Vaccination in Bombay 1856-1862 - 1856-1862
Year: 1856
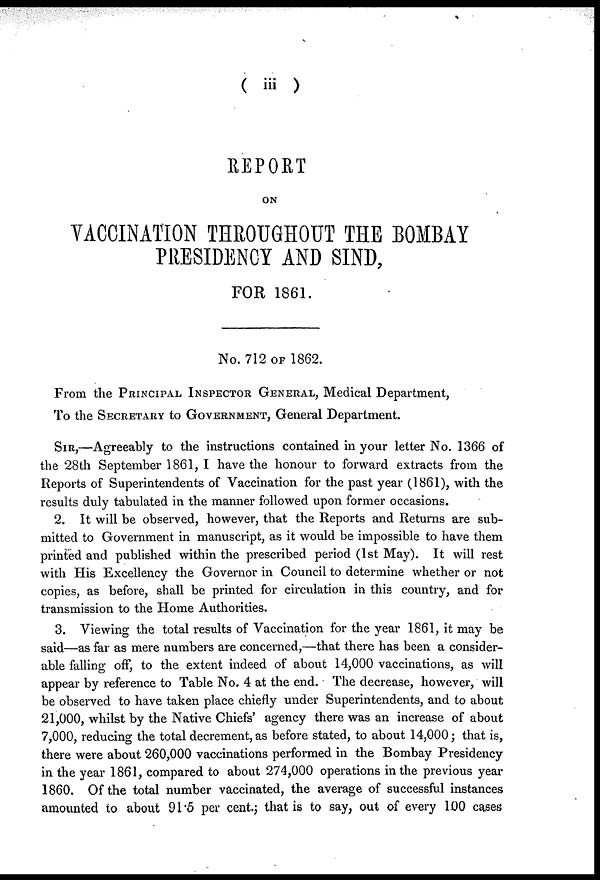
( iii )
REPORT
ON
VACCINATION THROUGHOUT THE BOMBAY
PRESIDENCY AND SIND,
FOR 1861.
No. 712 OF 1862.
From the PRINCIPAL INSPECTOR GENERAL, Medical Department,
To the SECRETARY to GOVERNMENT, General Department.
SIR,—Agreeably to the instructions contained in your letter No. 1366 of
the 28th September 1861, I have the honour to forward extracts from the
Reports of Superintendents of Vaccination for the past year (1861), with the
results duly tabulated in the manner followed upon former occasions.
2. It will be observed, however, that the Reports and Returns are sub-
mitted to Government in manuscript, as it would be impossible to have them
printed and published within the prescribed period (1st May). It will rest
with His Excellency the Governor in Council to determine whether or not
copies, as before, shall be printed for circulation in this country, and for
transmission to the Home Authorities.
3. Viewing the total results of Vaccination for the year 1861, it may be
said—as far as mere numbers are concerned,—that there has been a consider-
able falling off, to the extent indeed of about 14,000 vaccinations, as will
appear by reference to Table No. 4 at the end. The decrease, however, will
be observed to have taken place chiefly under Superintendents, and to about
21,000, whilst by the Native Chiefs' agency there was an increase of about
7,000, reducing the total decrement, as before stated, to about 14,000; that is,
there were about 260,000 vaccinations performed in the Bombay Presidency
in the year 1861, compared to about 274,000 operations in the previous year
1860.
Of the total number vaccinated, the average of successful instances
amounted to about 91.5 per cent.; that is to say, out of every 100 cases